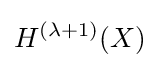
H^{(\lambda +1)}(X)